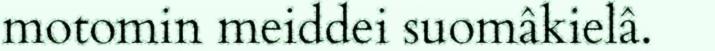
motomin meiddei suomâkielâ.